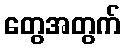
တွေအတွက်